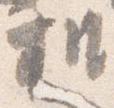
机